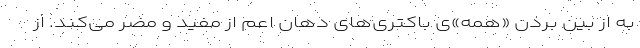
به از بین بردن «همه»‌ی باکتری‌های دهان اعم از مفید و مضر می‌کند. از